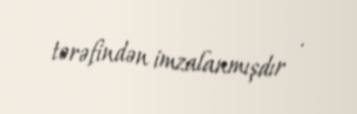
tərəfindən imzalanmışdır .